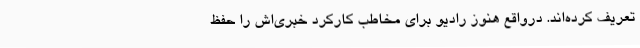
تعریف کرده‌اند. درواقع هنوز رادیو برای مخاطب کارکرد خبری‌اش را حفظ